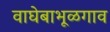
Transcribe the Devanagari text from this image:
वाघेबाभूळगाव